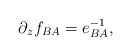
\begin{align*}\partial_z f_{BA}= e^{-1}_{BA},\end{align*}